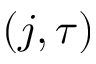
( j , \tau )